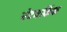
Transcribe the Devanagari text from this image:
नेटवर्किंक